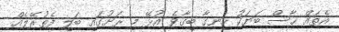
އެތައް ހާސް ބަޔަކު ހިނގާ ބިގާވެ އުޅޭ މި ރަށުގައި ބަލި ފެތުރޭލެއް